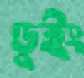
ডুইং